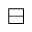
\boxminus